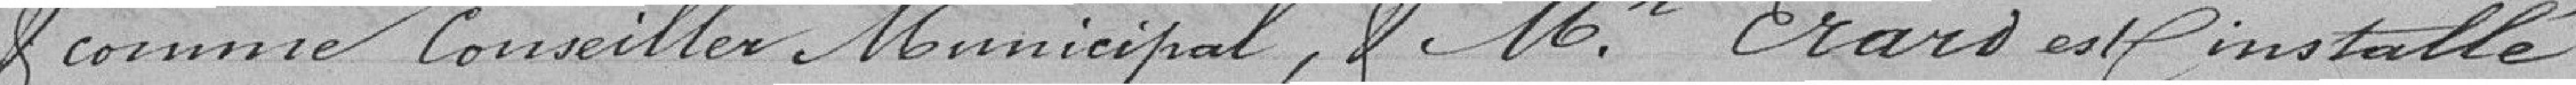
et comme conseiller municipal, et monsieur Erard est installé